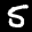
Label: 5